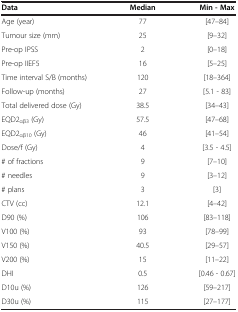
| Data | Median | Min - Max |
 | --- | --- | --- |
 | Age (year) | 77 | [47–84] |
 | Tumour size (mm) | 25 | [9–32] |
 | Pre-op IPSS | 2 | [0–18] |
 | Pre-op IIEF5 | 16 | [5–25] |
 | Time interval S/B (months) | 120 | [18–364] |
 | Follow-up (months) | 27 | [5.1 - 83] |
 | Total delivered dose (Gy) | 38.5 | [34–43] |
 | EQD2αβ3 (Gy) | 57.5 | [47–68] |
 | EQD2αβ10 (Gy) | 46 | [41–54] |
 | Dose/f (Gy) | 4 | [3.5 - 4.5] |
 | # of fractions | 9 | [7–10] |
 | # needles | 9 | [3–12] |
 | # plans | 3 | [3] |
 | CTV (cc) | 12.1 | [4–42] |
 | D90 (%) | 106 | [83–118] |
 | V100 (%) | 93 | [78–99] |
 | V150 (%) | 40.5 | [29–57] |
 | V200 (%) | 15 | [11–22] |
 | DHI | 0.5 | [0.46 - 0.67] |
 | D10u (%) | 126 | [59–217] |
 | D30u (%) | 115 | [27–177] |